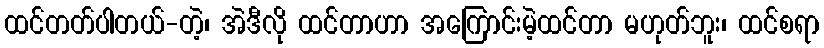
ထင်တတ်ပါတယ်-တဲ့၊ အဲဒီလို ထင်တာဟာ အကြောင်းမဲ့ထင်တာ မဟုတ်ဘူး၊ ထင်စရာ